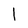
Character: l